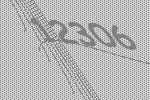
12306